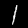
Digit: 1